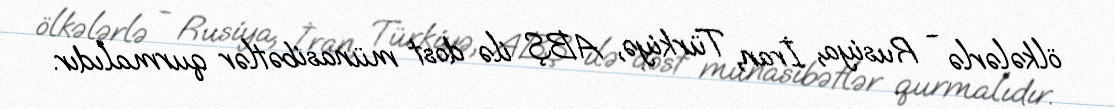
ölkələrlə - Rusiya, İran, Türkiyə, ABŞ ilə dost münasibətlər qurmalıdır.